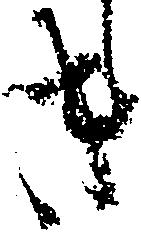
き